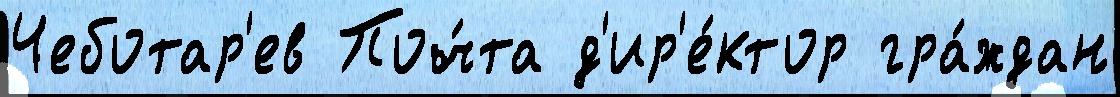
Чеботар'ев Поч́та д'ир'е́ктор гра́ждан